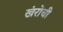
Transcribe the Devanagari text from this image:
खंरोची